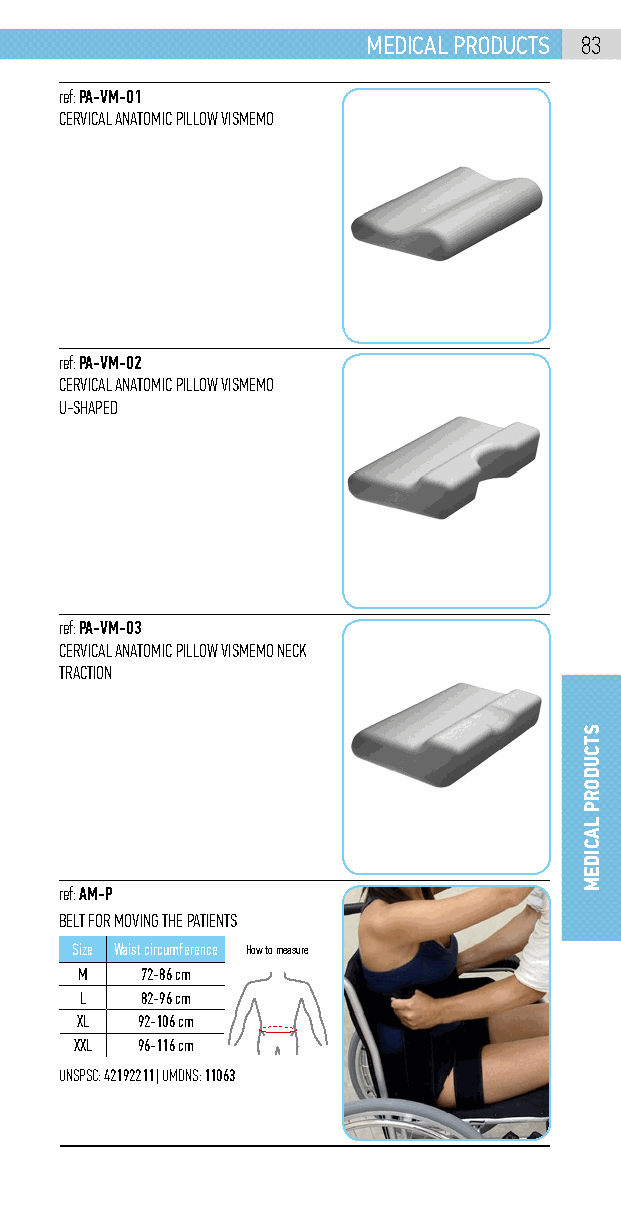
mEdical products 83
 ref: PA-VM-01
 CERVICAL ANATOMIC PILLOW VISMEMO
 ref: PA-VM-02
 CERVICAL ANATOMIC PILLOW VISMEMO
 U-SHAPED
 ref: PA-VM-03
 CERVICAL ANATOMIC PILLOW VISMEMO NECK
 TRACTION
 ref: AM-P
 BELT FOR MOVING THE PATIENTS
 Size Waist circumference How to measure
 M   72-86 cm
 L   82-96 cm
 XL  92-106 cm
 XXL 96-116 cm
 UNSPSC: 42192211 | UMDNS: 11063
 stcuDorp
 lAciDEM